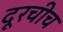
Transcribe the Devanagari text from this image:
दूरचीच